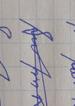
Signature authenticity: forged